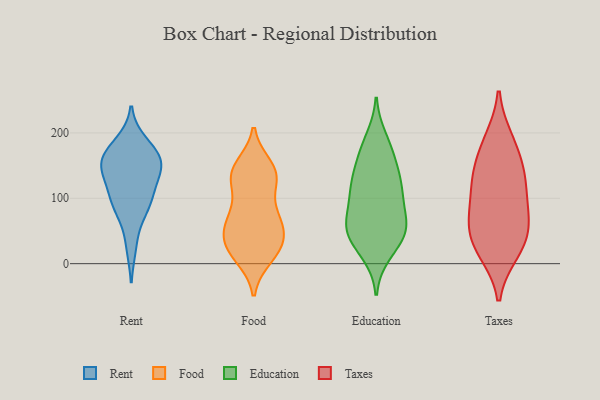
{"axis": {"x": "Shipments", "y": "Value"}, "legend": ["Education", "Food", "Rent", "Taxes"], "data": [{"x": "", "y": 173, "type": "Rent"}, {"x": "", "y": 28, "type": "Rent"}, {"x": "", "y": 89, "type": "Rent"}, {"x": "", "y": 97, "type": "Rent"}, {"x": "", "y": 82, "type": "Rent"}, {"x": "", "y": 134, "type": "Rent"}, {"x": "", "y": 152, "type": "Rent"}, {"x": "", "y": 138, "type": "Rent"}, {"x": "", "y": 155, "type": "Rent"}, {"x": "", "y": 105, "type": "Rent"}, {"x": "", "y": 157, "type": "Rent"}, {"x": "", "y": 184, "type": "Rent"}, {"x": "", "y": 161, "type": "Rent"}, {"x": "", "y": 138, "type": "Food"}, {"x": "", "y": 52, "type": "Food"}, {"x": "", "y": 43, "type": "Food"}, {"x": "", "y": 129, "type": "Food"}, {"x": "", "y": 76, "type": "Food"}, {"x": "", "y": 72, "type": "Food"}, {"x": "", "y": 132, "type": "Food"}, {"x": "", "y": 63, "type": "Food"}, {"x": "", "y": 27, "type": "Food"}, {"x": "", "y": 30, "type": "Food"}, {"x": "", "y": 11, "type": "Food"}, {"x": "", "y": 20, "type": "Food"}, {"x": "", "y": 148, "type": "Food"}, {"x": "", "y": 73, "type": "Food"}, {"x": "", "y": 138, "type": "Food"}, {"x": "", "y": 19, "type": "Food"}, {"x": "", "y": 135, "type": "Food"}, {"x": "", "y": 135, "type": "Education"}, {"x": "", "y": 111, "type": "Education"}, {"x": "", "y": 53, "type": "Education"}, {"x": "", "y": 51, "type": "Education"}, {"x": "", "y": 48, "type": "Education"}, {"x": "", "y": 176, "type": "Education"}, {"x": "", "y": 54, "type": "Education"}, {"x": "", "y": 74, "type": "Education"}, {"x": "", "y": 98, "type": "Education"}, {"x": "", "y": 52, "type": "Education"}, {"x": "", "y": 15, "type": "Education"}, {"x": "", "y": 109, "type": "Education"}, {"x": "", "y": 147, "type": "Education"}, {"x": "", "y": 54, "type": "Education"}, {"x": "", "y": 22, "type": "Education"}, {"x": "", "y": 172, "type": "Education"}, {"x": "", "y": 131, "type": "Education"}, {"x": "", "y": 191, "type": "Education"}, {"x": "", "y": 109, "type": "Education"}, {"x": "", "y": 18, "type": "Taxes"}, {"x": "", "y": 183, "type": "Taxes"}, {"x": "", "y": 48, "type": "Taxes"}, {"x": "", "y": 66, "type": "Taxes"}, {"x": "", "y": 139, "type": "Taxes"}, {"x": "", "y": 36, "type": "Taxes"}, {"x": "", "y": 127, "type": "Taxes"}, {"x": "", "y": 20, "type": "Taxes"}, {"x": "", "y": 84, "type": "Taxes"}, {"x": "", "y": 72, "type": "Taxes"}, {"x": "", "y": 115, "type": "Taxes"}, {"x": "", "y": 189, "type": "Taxes"}, {"x": "", "y": 144, "type": "Taxes"}]}